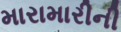
મારામારીની